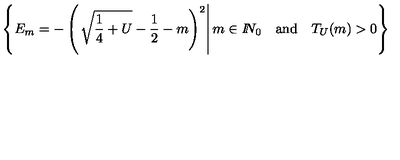
\left\{ E _ { m } = - \left( \left. \sqrt { \frac 1 4 + U } - \frac 1 2 - m \right) ^ { 2 } \right| m \in I \! \! N _ { 0 } \quad \mathrm { a n d } \quad T _ { U } ( m ) > 0 \right\}